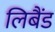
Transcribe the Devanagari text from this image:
लिबैंड